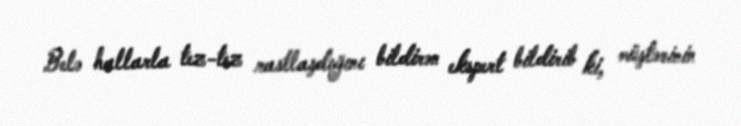
Belə hallarla tez-tez rastlaşdığını bildirən ekspert bildirib ki, müştərinin